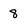
Character: 8